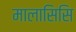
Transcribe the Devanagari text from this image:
मालासिसि